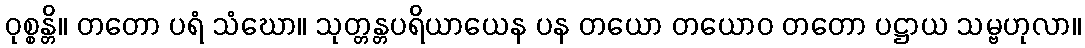
ဝုစ္စန္တိ။ တတော ပရံ သံဃော။ သုတ္တန္တပရိယာယေန ပန တယော တယောဝ တတော ပဋ္ဌာယ သမ္ဗဟုလာ။